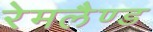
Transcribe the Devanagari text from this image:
रेमलैण्ड